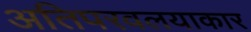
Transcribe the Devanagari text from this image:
अतिपरवलयाकार